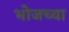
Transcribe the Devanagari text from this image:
भोजच्या